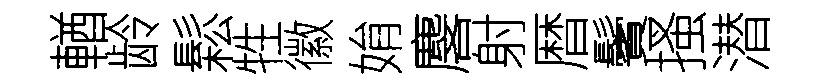
輶龄鬆牲徽姢麐射暦鬢搔潜